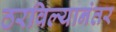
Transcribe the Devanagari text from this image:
ठरविल्यानंतर